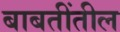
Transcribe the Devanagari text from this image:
बाबतींतील